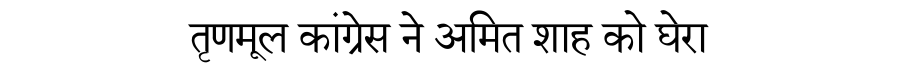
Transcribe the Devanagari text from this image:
तृणमूल कांग्रेस ने अमित शाह को घेरा